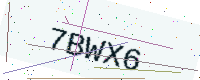
Text: 7BWX6